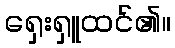
ရှေးရှူထင်၏။